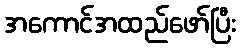
အကောင်အထည်ဖော်ပြီး